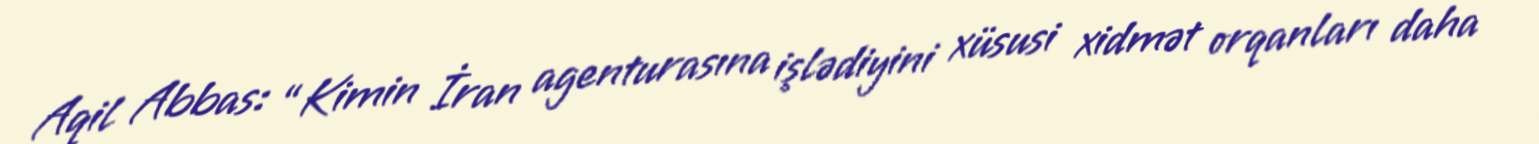
Aqil Abbas: “Kimin İran agenturasına işlədiyini xüsusi xidmət orqanları daha